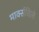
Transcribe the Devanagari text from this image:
मार्क्सविले